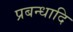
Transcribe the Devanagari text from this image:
प्रबन्धादि